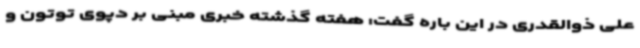
علی ذوالقدری در این باره گفت: هفته گذشته خبری مبنی بر دپوی توتون و